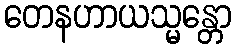
တေနဟာယသ္မန္တော